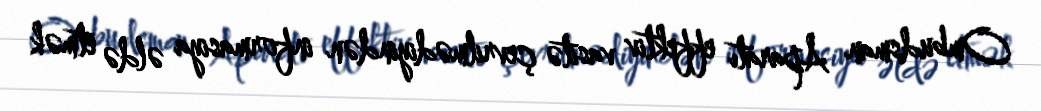
Ombudsman Aparatı effektiv vasitə çevrilmədiyindən informasiya əldə etmək